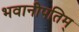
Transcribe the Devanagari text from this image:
भवानीपतिम्